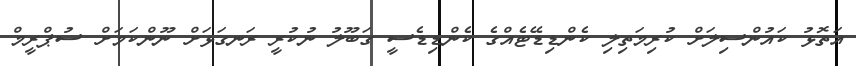
އަތޮޅު ކައުންސިލަށް ކުރިމަތިލި ކެންޑިޑޭޓެއްގެ ކެންޑިޑެސީ ގަބޫލު ނުކުރީ ރަނގަޅަށް ނޫންކަމަށް ސުޕްރީމް